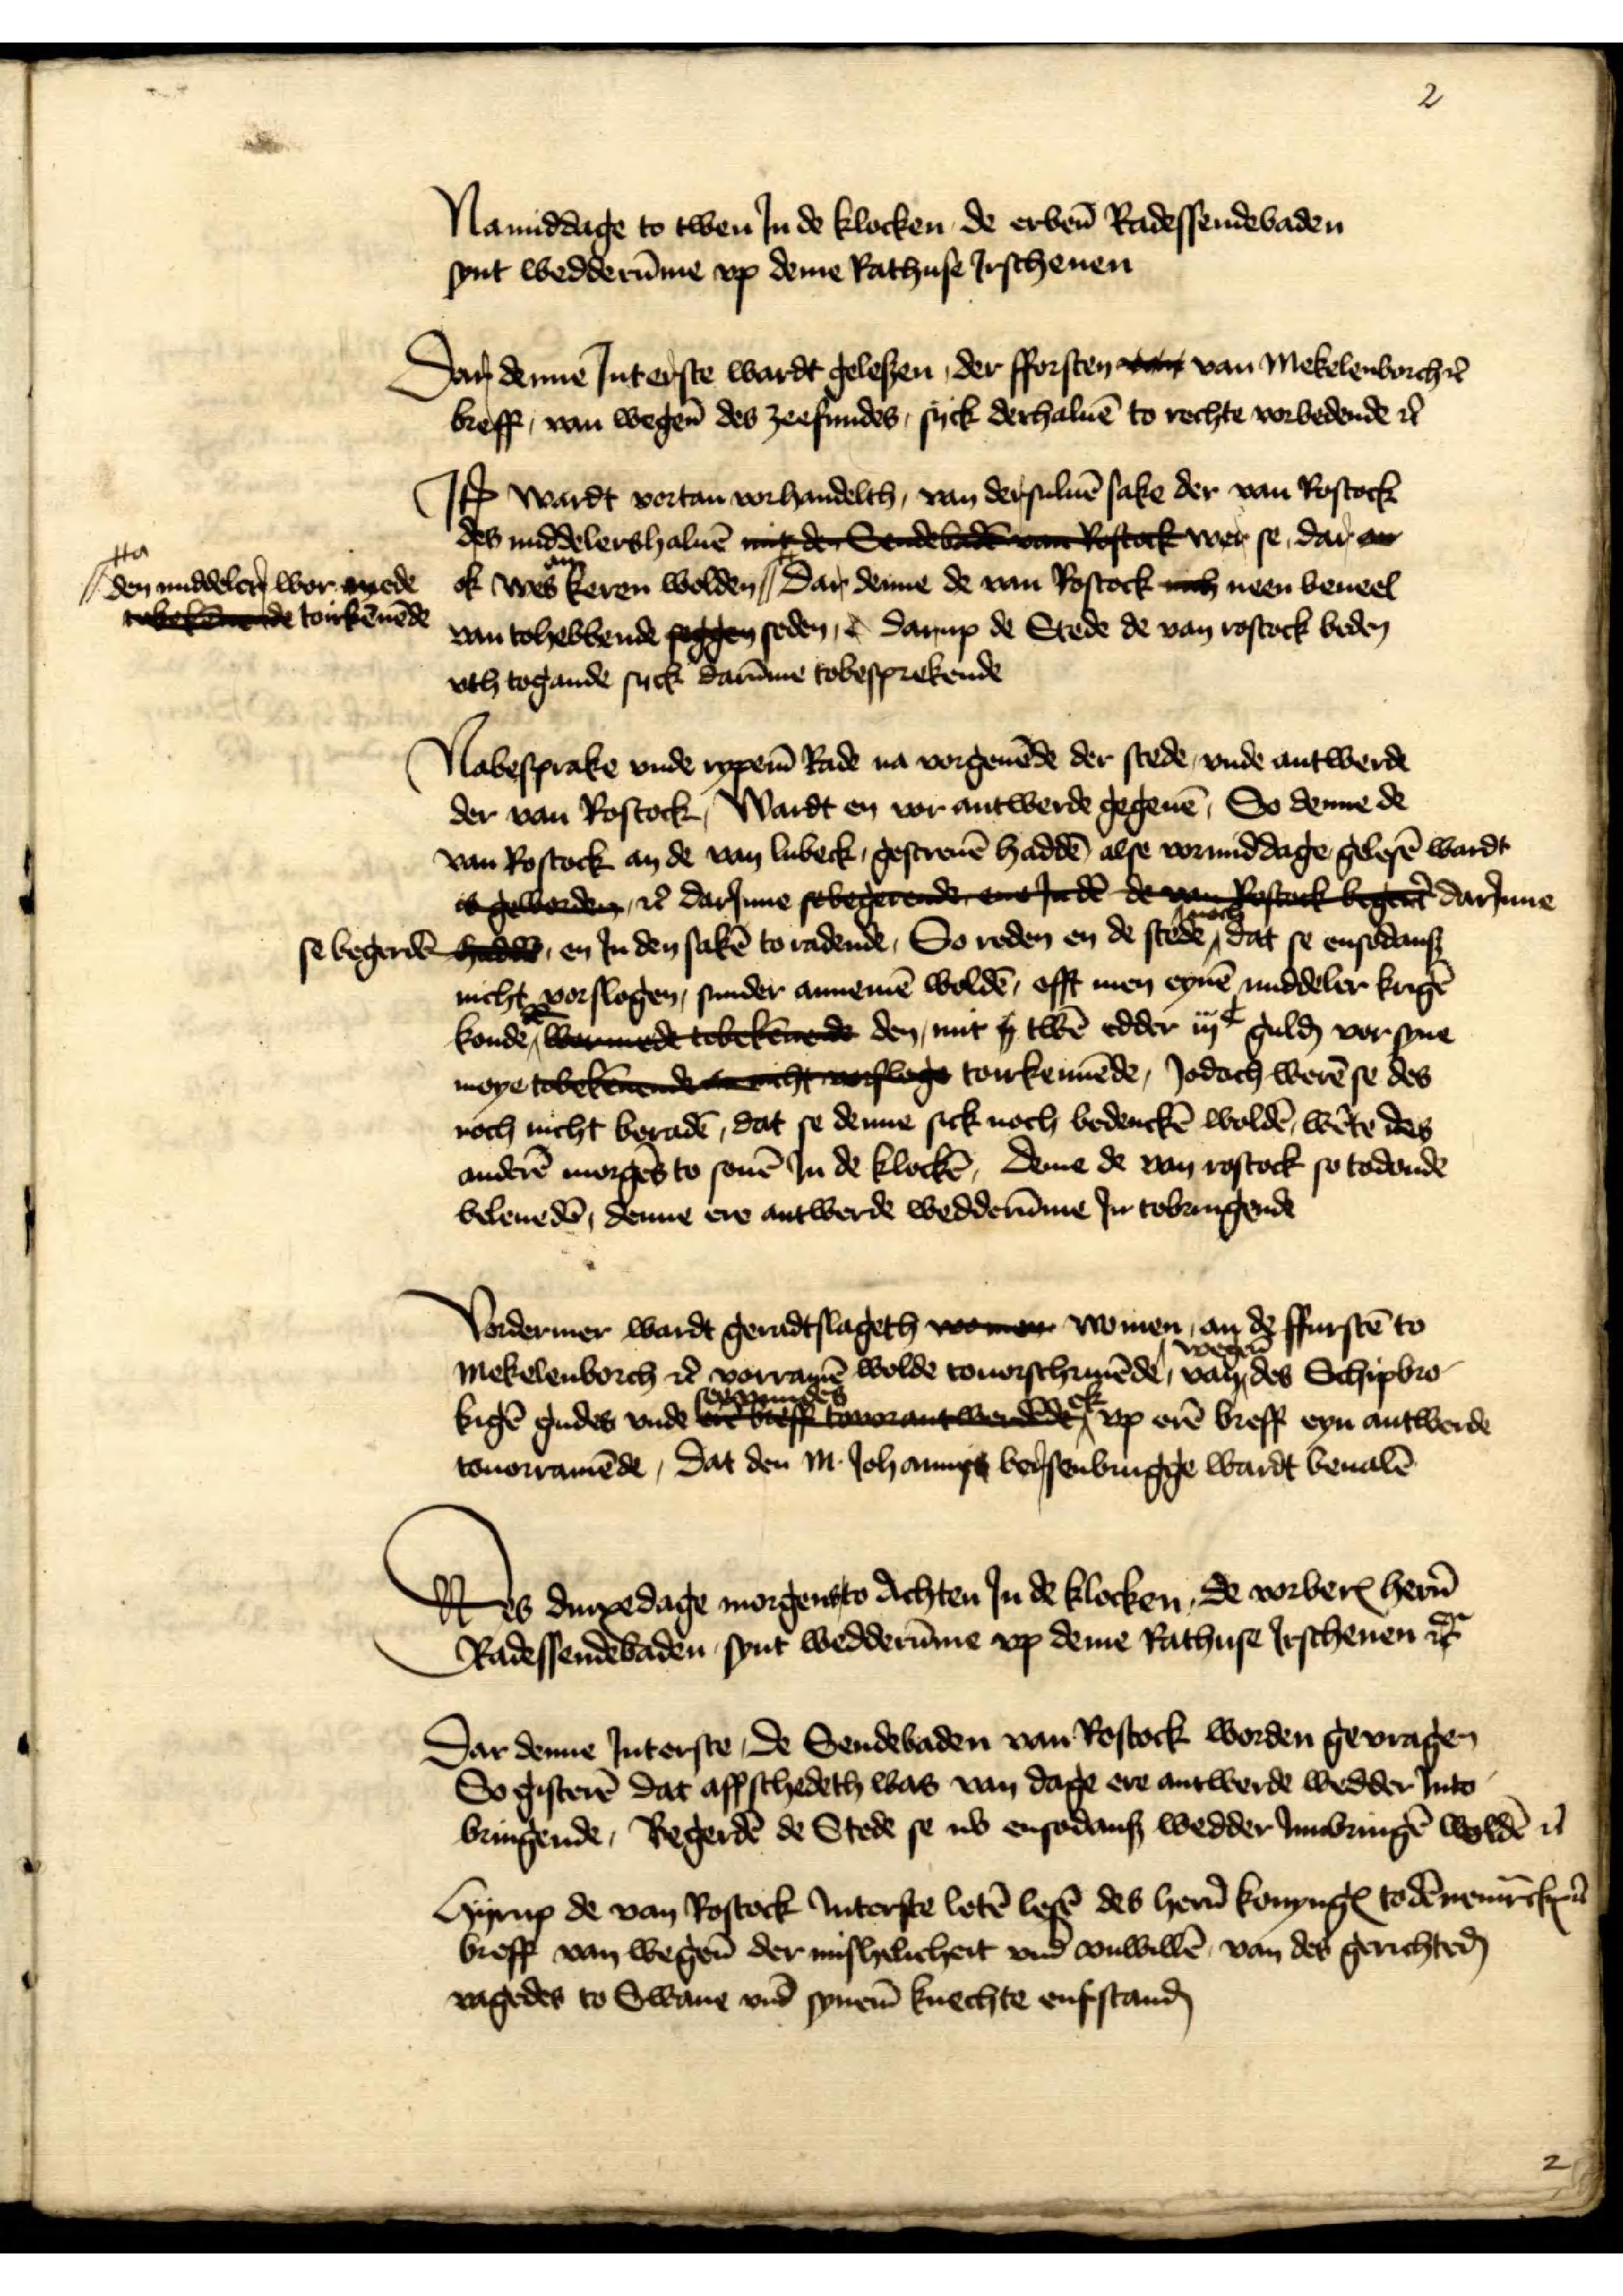
2

Namiddage to twen Jn de klocken de erben̄ Radessendebaden
synt wedderūme vp deme Rathuse Jrschenen

Dar denne Jnterste wardt gelesen, der fforsten vr van Mekelenborch et̉
breff, van wegen̄ des zeefundes, syck derhaluē to rechte vorbedende et̉

Jꝷ wardt vortan vorhandelth, van dersuluē sake der van Rostock
des middelershaluē mit der Sendebaden van Rostock wer se dar vo
ok wes an keren wolden 
den middelere wor mede tobekennende toirkēnēde
Dar denne de van Rostock iich neen beueel
van tohebbende seggen seden, de Darup de Stede de van Rostock beden
vth togande sick darūme tobesprekende

Nabesprake vnde rypenē Rade na vorgeuēde der stede, vnde antwerde
der van Rostock, Wardt en vor antwerde gegeuē, So denne de
van Rostock an de van Lubeck, gescreuē haddē, alse vormiddage gelesē wardt
ot gewerde, et̉ darJnne se begerende ene in den  de van Rostock beger darJnne
se begerdē hadden en Jn den sakē to radende, So reden en de stede noch dat se ensodans
nicht vorslogen, sunder annemē woldē, offt men eynē middeler krigē
konde, Sedt tebekeede den mit ij twen edder iijc gulḑ vor syne
moye tobe cht verflage toirkennēde, Jodoch werē se des
noch nicht beradē, dat se denne sick noch bedenckē woldē wēte des
anderē morgēs to seuē Jn de klockē, Denne de van Rostock se todonde
beleuedē, denne ere antwerde wedderūme Jn tobringende

Vordermer wardt geradtslageth voe wen, wo men, an de ffurstē to
Mekelenborch et̉ vorramē wolde touorschriuēde, wegen̄ van des Schipbro¬
kigē gudes vnde seevunndes tff tantwep ernen ok vp erē breff eyn antwerde
touorramēde, Dat den M Johannis Bersenbrugge wardt beualē

Wes dinxedage morgens to Achten Jn de klocken, de vorberꝬ her̉n
Radessendebaden synt wedderūme vp deme Rathuse Jrschenen et̉

Dar denne Jnterste, de Sendebaden van Rostock worden gevragen
So gesterē dat affschedeth was van dage ere antwerde wedder Jnto
bringende, Begerdē de Stede se ub ensodans wedder Jnnbringē woldē et̉

Hyrup de van Rostock Jnterste letē lesē des her̉n KonyngꝬ to DēnemͣrkꝬ et̉
breff van wegen̄ der mishelicheit vnd vnwillē, van des gerichteḑ
vagedes to Swane vnd synenē knechte enfstanḑ